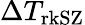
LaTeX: \Delta T_{\mathrm{rkSZ}}